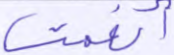
أنعمت